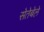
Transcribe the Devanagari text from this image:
सेतेबेले